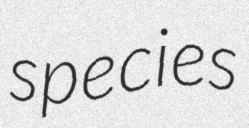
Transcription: species